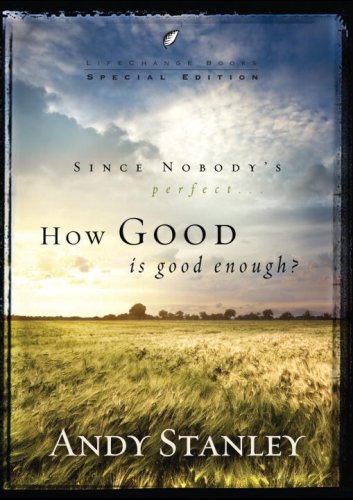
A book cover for How Good Is Good Enough?: 6-Pack, Easter; Andy Stanley; Christian Books & Bibles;